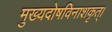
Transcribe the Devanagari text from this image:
मुख्यदोषविनाशकृत्।